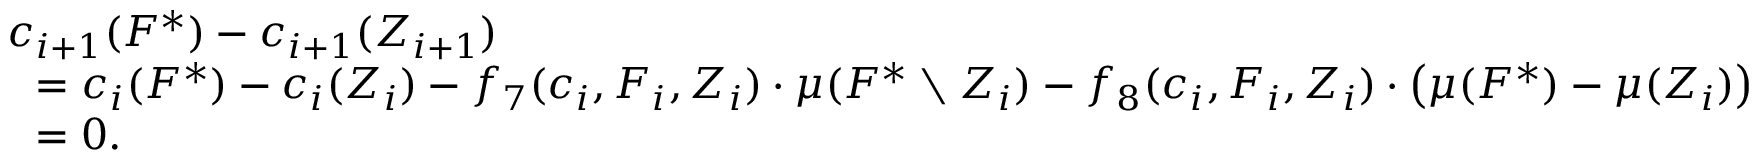
\begin{array} { r l } & { c _ { i + 1 } ( F ^ { * } ) - c _ { i + 1 } ( Z _ { i + 1 } ) } \\ { } & { ~ ~ = c _ { i } ( F ^ { * } ) - c _ { i } ( Z _ { i } ) - f _ { 7 } ( c _ { i } , F _ { i } , Z _ { i } ) \cdot \mu ( F ^ { * } \setminus Z _ { i } ) - f _ { 8 } ( c _ { i } , F _ { i } , Z _ { i } ) \cdot \big ( \mu ( F ^ { * } ) - \mu ( Z _ { i } ) \big ) } \\ { } & { ~ ~ = 0 . } \end{array}